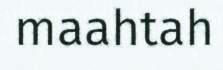
maahtah